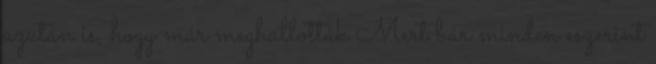
azután is, hogy már meghallották Mert bár minden eszerint